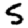
Digit: 5